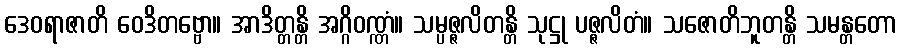
ဒေဝရာဇာတိ ဝေဒိတဗ္ဗော။ အာဒိတ္တန္တိ အဂ္ဂိဝဏ္ဏံ။ သမ္ပဇ္ဇလိတန္တိ သုဋ္ဌု ပဇ္ဇလိတံ။ သဇောတိဘူတန္တိ သမန္တတော